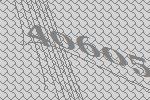
40605